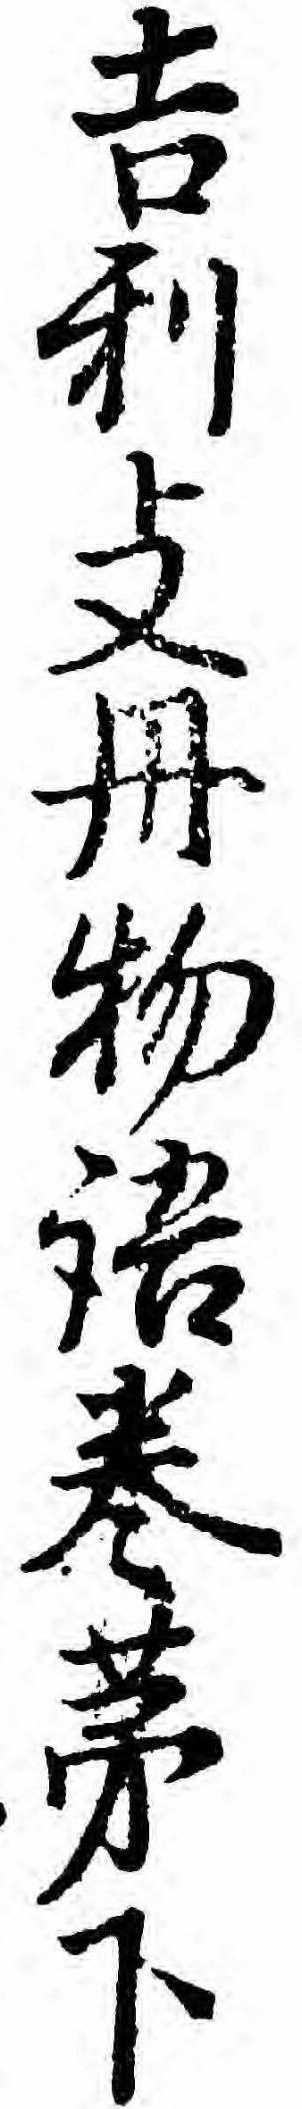
吉利支丹物語巻第下